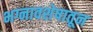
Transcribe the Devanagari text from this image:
भग्नावशेषातून